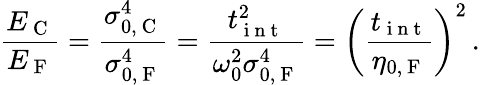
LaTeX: \frac{E_{\mathrm{~C~}}}{E_{\mathrm{~F~}}}=\frac{\sigma_{0,\mathrm{~C~}}^{4}}{\sigma_{0,\mathrm{~F~}}^{4}}=\frac{t_{\mathrm{~i~n~t~}}^{2}}{\omega_{0}^{2}\sigma_{0,\mathrm{~F~}}^{4}}=\left(\frac{t_{\mathrm{~i~n~t~}}}{\eta_{0,\mathrm{~F~}}}\right)^{2}\, .